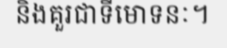
និងគួរជាទីមោទនៈ។